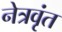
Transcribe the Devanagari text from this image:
नेत्रवृंत